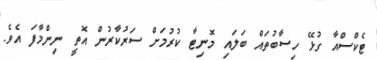
ޓެކްސްއާ ގުޅޭ ހިސާބުތައް ބަަލައި މޮނިޓާ ކުރުމަށް ސަރުކާރުން އޮތީ ނިންމާފަ އެވެ.